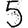
Digit: 5